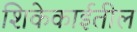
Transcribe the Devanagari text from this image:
शिकेकाईतील